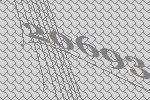
20693